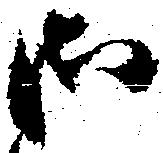
御